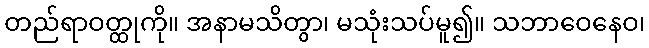
တည်ရာဝတ္ထုကို။ အနာမသိတွာ၊ မသုံးသပ်မူ၍။ သဘာဝေနေဝ၊